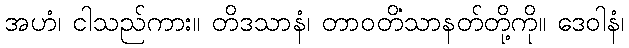
အဟံ၊ ငါသည်ကား။ တိဒသာနံ၊ တာဝတိံသာနတ်တို့ကို။ ဒေဝါနံ၊